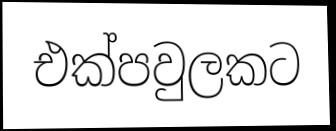
එක්පවුලකට